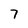
Character: 7